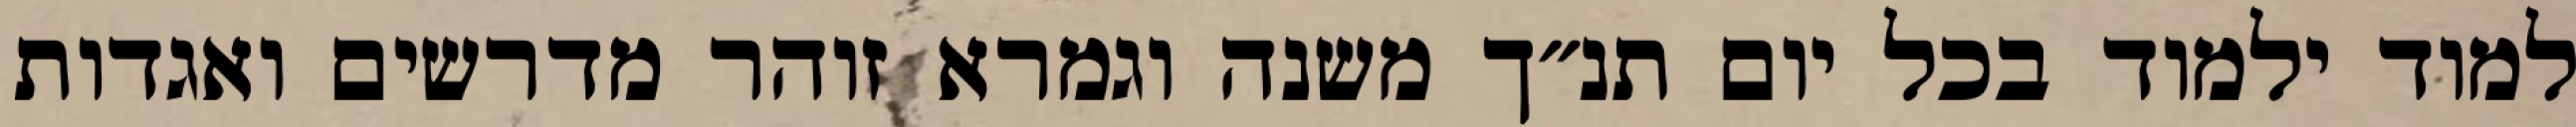
למוד ילמוד בכל יום תנ״ך משנה וגמרא זוהר מדרשים ואגדות